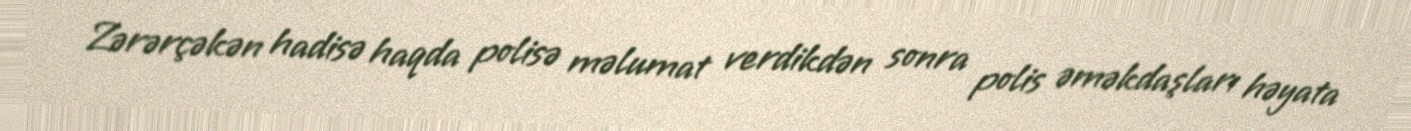
Zərərçəkən hadisə haqda polisə məlumat verdikdən sonra polis əməkdaşları həyata